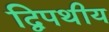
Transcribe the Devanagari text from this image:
द्विपथीय